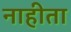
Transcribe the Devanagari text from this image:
नाहीता